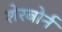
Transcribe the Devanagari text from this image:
शेरबोर्न